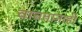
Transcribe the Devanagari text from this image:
वाचतानाही